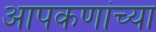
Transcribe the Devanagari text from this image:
आपकणांच्या